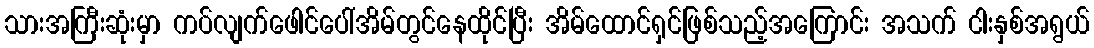
သားအကြီးဆုံးမှာ ကပ်လျက်ဖေါင်ပေါ်အိမ်တွင်နေထိုင်ပြီး အိမ်ထောင်ရှင်ဖြစ်သည့်အကြောင်း အသက် ငါးနှစ်အရွယ်